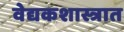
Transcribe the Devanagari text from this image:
वेद्यकशास्त्रात